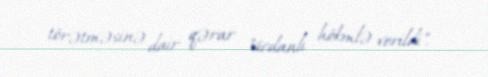
törətməsinə dair qərar "vicdanlı hökmlə verildi".